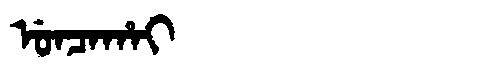
Manchu: ᡠᠨᠴᠠᡥᠠᡳ
Romanization: UNCAHAI